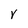
Character: v